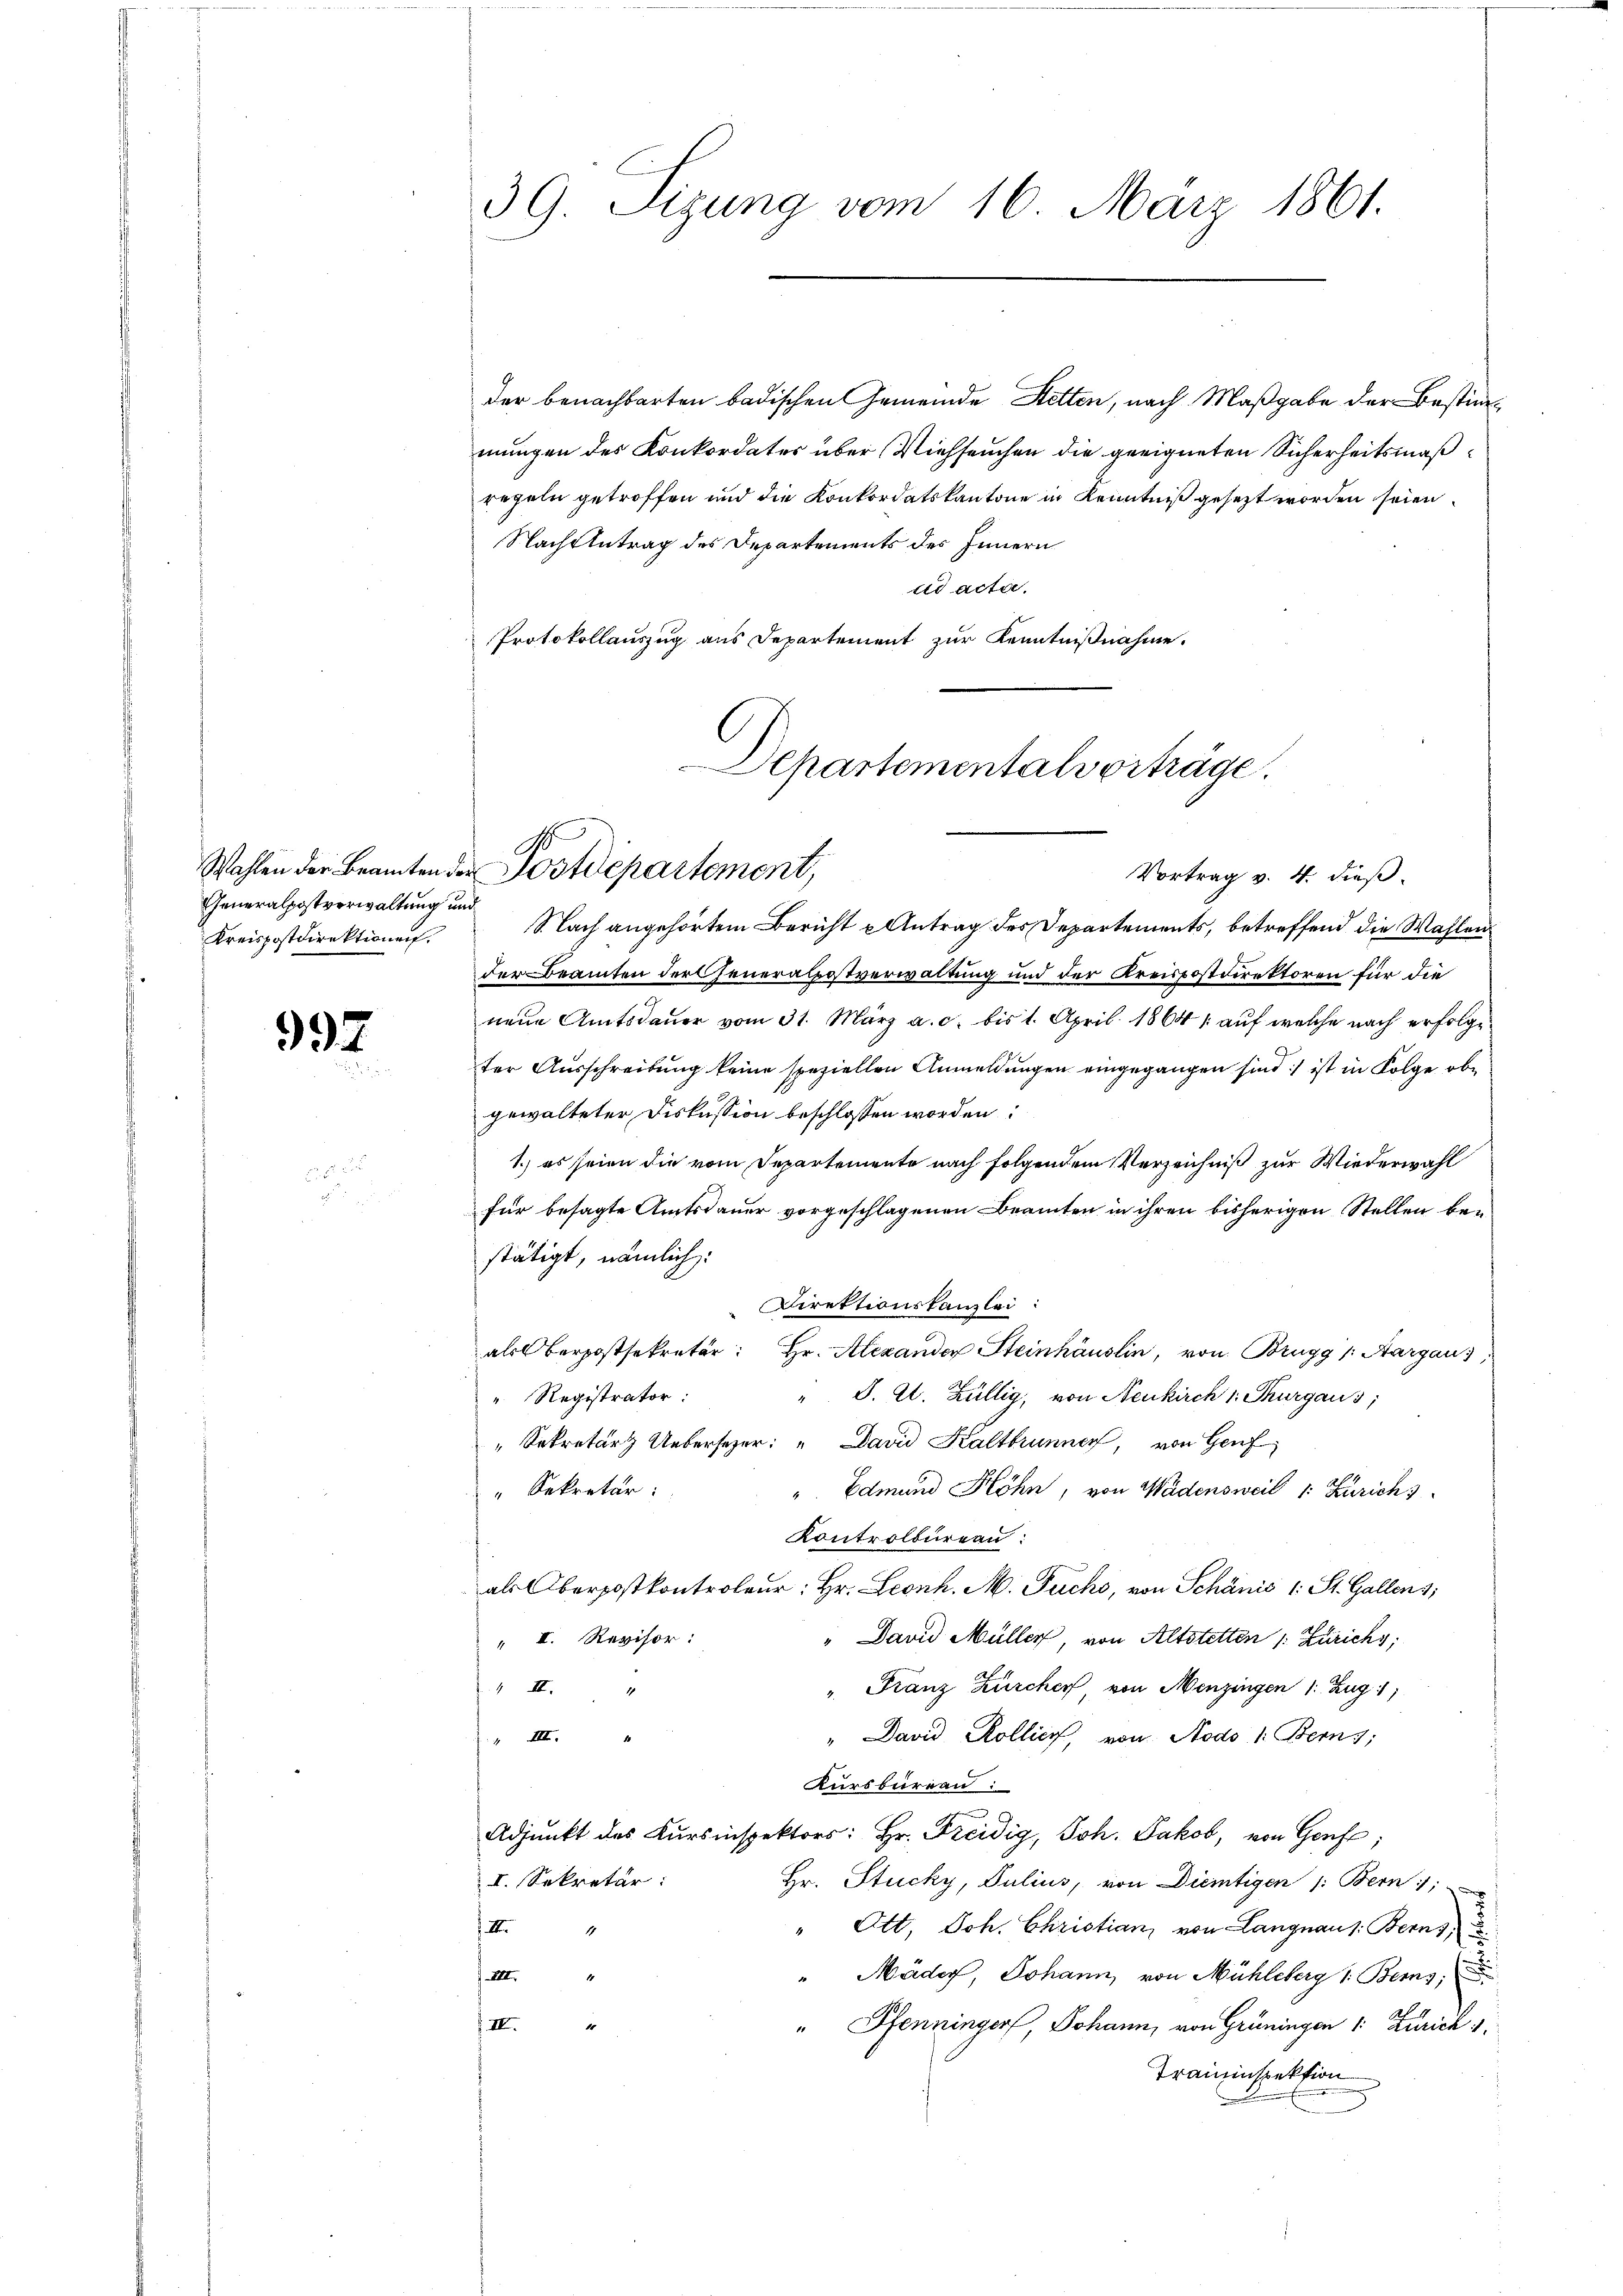
Generalpostverwaltung und
Kreispostdirektionen.

997

der benachbarten badischen Gemeinde Stetten, nach Maßgabe der Bestimmungen des Konkordates über Viehseuchen die geeigneten Sicherheitsmäßregeln getroffen und die Konkordatskantone in Kenntniß gesezt worden seien.
Nach Antrag des Departements des Innern
ud acta.
Protokollauszug aus Departement zur Kenntnißnahme.

39. Sizung vom 16. März 1861.

Departementalverträge.
.
Wahlen der Beamten der Postdepartement,
Vortrag v. 4. dieß.

S. Bach angehörtem Bericht u Antrag des Departements, betreffend die Wahlen
der Beamten der Generalpostverwaltung und der Kreispostdirektoren für die
neue Amtsdauer vom 31. März a. c. bis 1. April 1864 / auf welche nach erfolgter Ausschreibung keine speziellen Anmeldungen eingegangen sind ist in Folge obe
gewalteter Diskussion beschlossen worden:
1.) es seien die vom Departemente nach folgendem Verzeichniß zur Wiederwahl
für besagte Amtsdauer vorgeschlagenen Beamten in ihren bisherigen Stellen be-
stätigt, nämlich:
 Direktionskanzlei:
als berpostsekretär: Hr. Alexander Steinhäuslin, von Brugg /: Aargau,
" J. A. Züllig, von Neukirch 1. Thurgaus,
" Registrator:
" Sekretär Uebersezer: " David Kaltbrunner, von Genf
Sekretär:
" Edmund Höhn, von Wädensweil 1: Zürich 3
Kontrolbureau:
als Oberpostkontroleur: Hr. Leonh. M. Fuchs, von Schanis (: St. Gallen 31
" David Müller, von Altstetten /: Zürichs.
" I. Revisor:
". Franz Zürcher von Menzingen 1: Zug 1
1 II. 4
" David Kollier, von Nodo, 1: Bern;
 III. "
Kursbureau
e
Adjunkt des Kursinspektors: Hr. Freidig, Joh. Jakob, von Genf;
I. Sekretär:
Hr. Stucky, Julius, von Diemtigen /: Bern 1;
Ott, Joh. Christian, von Langnaus. Berns
4
XII
"Mäder, Johann, von Mühleberg 1. Beis
IV. 4
" Pfenninger, Johann, von Grüningen 1: Zürich 1.
Traininspektion